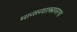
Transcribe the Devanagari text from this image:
मानसशास्त्रावरचा